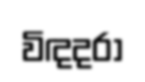
විඳදරා